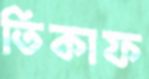
তিকাফ